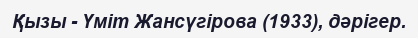
Қызы - Үміт Жансүгірова (1933), дәрігер.